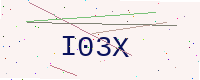
Text: I03X